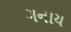
ગનાય